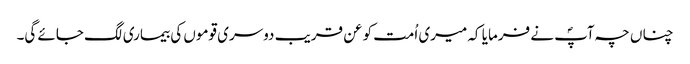
چناں چہ آپؐ نے فرمایا کہ میری اُمت کو عن قریب دوسری قوموں کی بیماری لگ جائے گی۔